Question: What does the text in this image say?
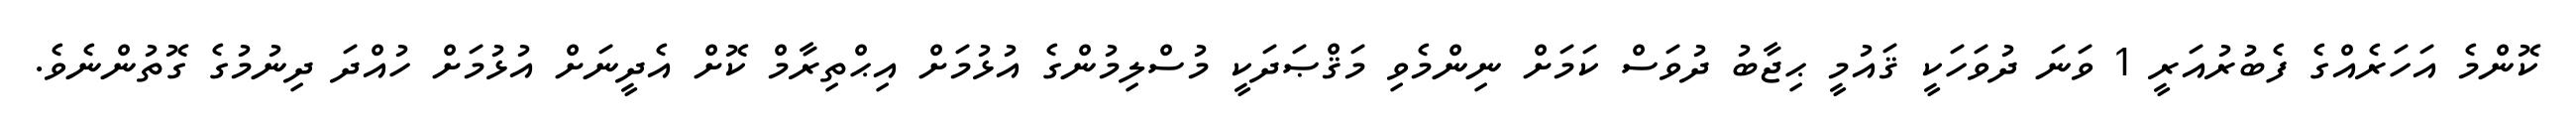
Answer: ކޮންމެ އަހަރެއްގެ ފެބުރުއަރީ 1 ވަނަ ދުވަހަކީ ޤައުމީ ޙިޖާބު ދުވަސް ކަމަށް ނިންމެވި މަޤްޞަދަކީ މުސްލިމުންގެ އުޅުމަށް އިޙްތިރާމް ކޮށް އެދީނަށް އުޅުމަށް ހުއްދަ ދިނުމުގެ ގޮތުންނެވެ.